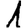
Digit: 1